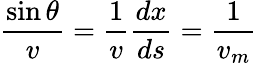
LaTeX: {\frac{\sin{\theta}}{v}}={\frac{1}{v}}{\frac{dx}{ds}}={\frac{1}{v_{m}}}